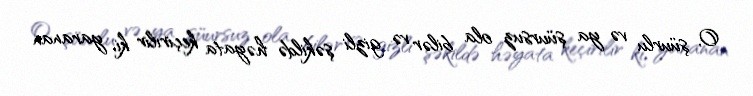
O, şüurlu və ya şüursuz ola bilər və gizli şəkildə həyata keçirilir ki, yaranan